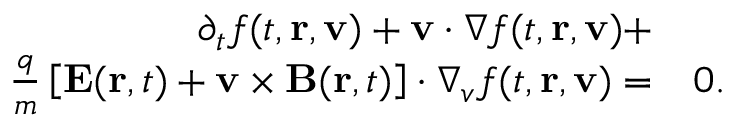
\begin{array} { r l } { \partial _ { t } f ( t , \mathbf { r } , \mathbf { v } ) + \mathbf { v } \cdot \nabla f ( t , \mathbf { r } , \mathbf { v } ) + } & { } \\ { \frac { q } { m } \left[ \mathbf { E } ( \mathbf { r } , t ) + \mathbf { v } \times \mathbf { B } ( \mathbf { r } , t ) \right] \cdot \nabla _ { v } f ( t , \mathbf { r } , \mathbf { v } ) = } & { 0 . } \end{array}